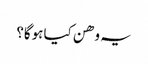
یہ وھن کیا ہوگا؟